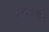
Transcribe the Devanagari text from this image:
कित्येकांनी